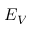
E _ { V }